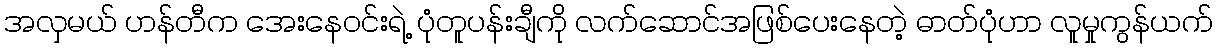
အလှမယ် ဟန်တီက အေးနေဝင်းရဲ့ ပုံတူပန်းချီကို လက်ဆောင်အဖြစ်ပေးနေတဲ့ ဓာတ်ပုံဟာ လူမှုကွန်ယက်